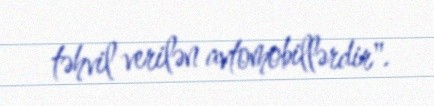
təhvil verilən avtomobillərdir".